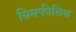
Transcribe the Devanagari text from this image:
सिमफीसिस